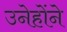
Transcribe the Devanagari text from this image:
उनेहोंने